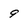
Character: 9